Madras plague regulations and rules - Volume 2
Disease focus: Plague
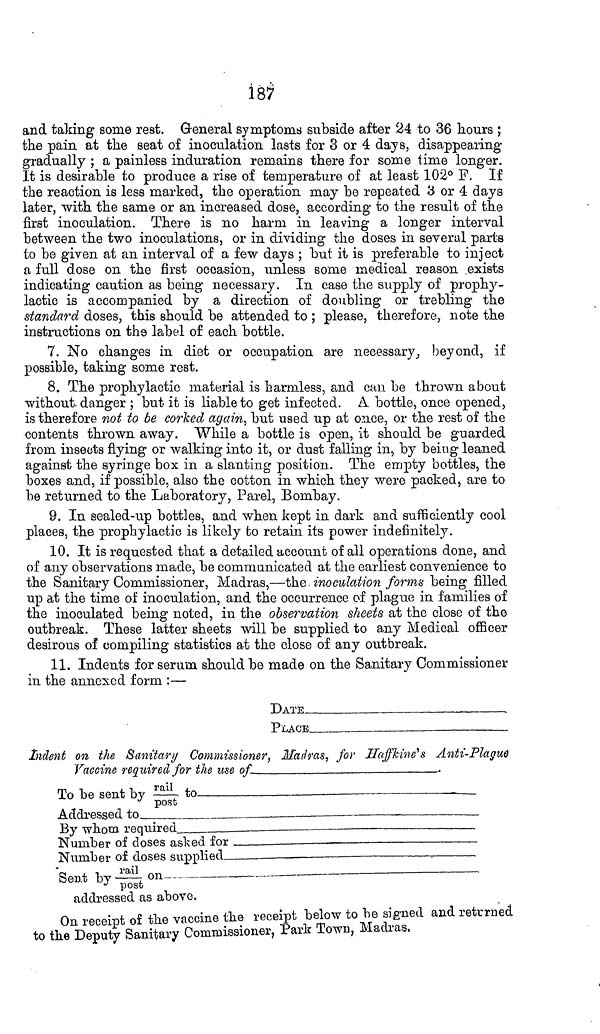
187
and taking some rest. General symptoms subside after 24 to 36 hours ;
the pain at the seat of inoculation lasts for 3 or 4 days, disappearing
gradually ; a painless induration remains there for some time longer.
It is desirable to produce a rise of temperature of at least 102° F. If
the reaction is less marked, the operation may be repeated 3 or 4 days
later, with the same or an increased dose, according to the result of the
first inoculation. There is no harm in leaving a longer interval
between the two inoculations, or in dividing the doses in several parts
to be given at an interval of a few days ; but it is preferable to inject
a full dose on the first occasion, unless some medical reason exists
indicating caution as being necessary. In case the supply of prophy-
lactic is accompanied by a direction of doubling or trebling the
standard doses, this should be attended to ; please, therefore, note the
instructions on the label of each bottle.
7. No changes in diet or occupation are necessary, beyond, if
possible, taking some rest.
8. The prophylactic material is harmless, and can be thrown about
without danger ; but it is liable to get infected. A. bottle, once opened,
is therefore not to be corked again, but used up at once, or the rest of the
contents thrown away. While a bottle is open, it should be guarded
from insects flying or walking into it, or dust falling in, by being leaned
against the syringe box in a slanting position. The empty bottles, the
boxes and, if possible, also the cotton in which they were packed, are to
be returned to the Laboratory, Parel, Bombay.
9. In sealed-up bottles, and when kept in dark and sufficiently cool
places, the prophylactic is likely to retain its power indefinitely.
10. It is requested that a detailed account of all operations done, and
of any observations made, be communicated at the earliest convenience to
the Sanitary Commissioner, Madras,—the inoculation forms being filled
up at the time of inoculation, and the occurrence of plague in families of
the inoculated being noted, in the observation sheets at the close of the
outbreak. These latter sheets will be supplied to any Medical officer
desirous of compiling statistics at the close of any outbreak.
11. Indents for serum should be made on the Sanitary Commissioner
in the annexed form :—
DATE
PLACE
Indent on the Sanitary Commissioner, Madras, for Haffkine's Anti-Plague
Vaccine required for the use
of
To be sent by
rail/post
to
Addressed
to
By whom
required
Number of doses asked
for
Number of doses
supplied
Sent by
rail/post
on
addressed as above.
On receipt of the vaccine the receipt below to be signed and returned
to the Deputy Sanitary Commissioner, Park Town, Madras.